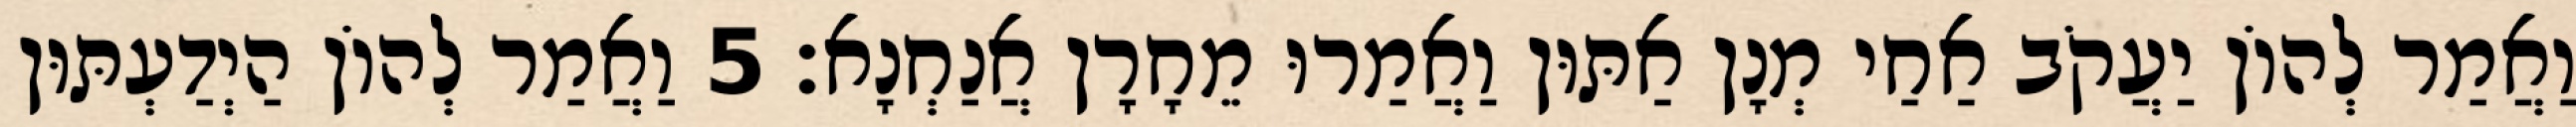
וַאֲמַר לְהוֹן יַעֲקֹב אַחַי מְנָן אַתּוּן וַאֲמַרוּ מֵחָרָן אֲנַחְנָא׃ 5 וַאֲמַר לְהוֹן הַיְדַעְתּוּן